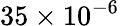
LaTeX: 35\times 10^{-6}